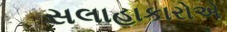
સલાહાકારોએ